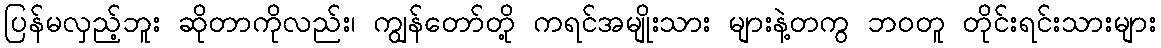
ပြန်မလှည့်ဘူး ဆိုတာကိုလည်း၊ ကျွန်တော်တို့ ကရင်အမျိုးသား များနဲ့တကွ ဘဝတူ တိုင်းရင်းသားများ